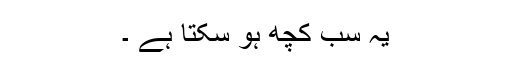
یہ سب کچھ ہو سکتا ہے ۔